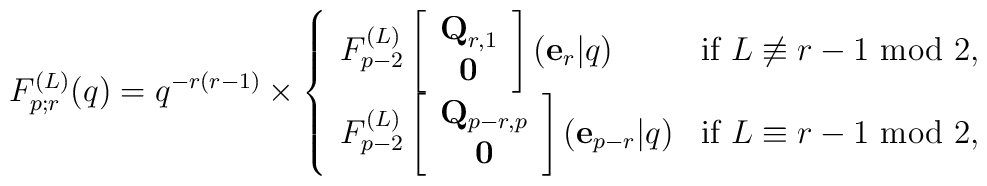
F^{(L)}_{p;r}(q) =q^{-r(r-1)} \times\left\{ \begin{array}{ll}F^{(L)}_{p-2} \left[ \begin{array}{c}{\bf Q}_{r,1} \\ {\bf 0} \end{array} \right]({\bf e}_r | q) &\mbox {if $L \not\equiv r-1$ mod $2$}, \\F^{(L)}_{p-2} \left[ \begin{array}{c}{\bf Q}_{p-r,p} \\ {\bf 0} \end{array} \right]({\bf e}_{p-r} | q) &\mbox{if $L \equiv r-1$ mod $2$},\end{array}\right.